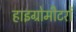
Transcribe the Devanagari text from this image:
हाइग्रोमीटरों